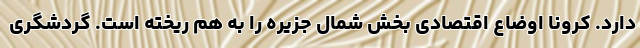
دارد. کرونا اوضاع اقتصادی بخش شمال جزیره را به هم ریخته است. گردشگری